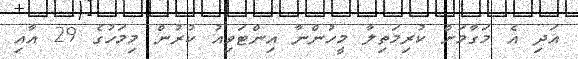
އަދި އެ މަގާމަށް ކުރިމަތިލާ މީހުންނާ އިންޓަވިއު ކުރުން މިމަހުގެ 29 އާއި